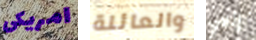
امريكى والعائلة إلهي